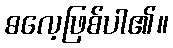
ဓလေ့ဖြစ်ပါ၏။